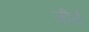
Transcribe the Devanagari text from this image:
जीरों